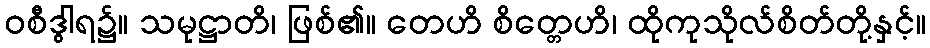
ဝစီဒွါရ၌။ သမုဋ္ဌာတိ၊ ဖြစ်၏။ တေဟိ စိတ္တေဟိ၊ ထိုကုသိုလ်စိတ်တို့နှင့်။